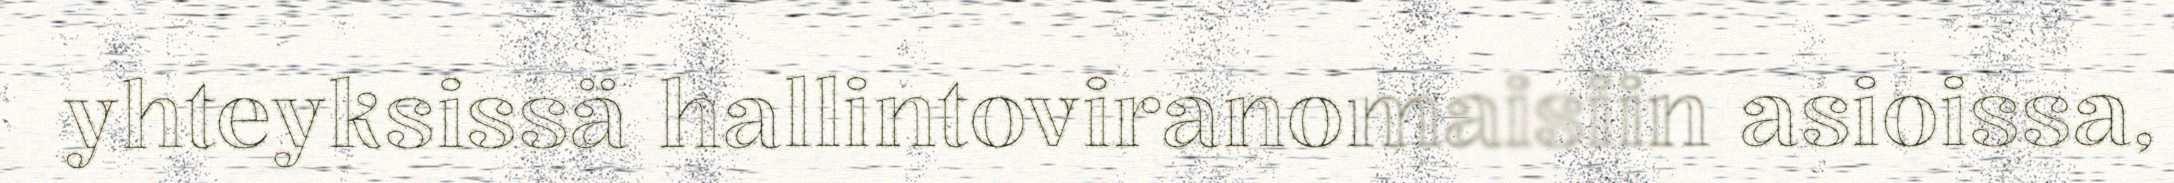
yhteyksissä hallintoviranomaisiin asioissa,